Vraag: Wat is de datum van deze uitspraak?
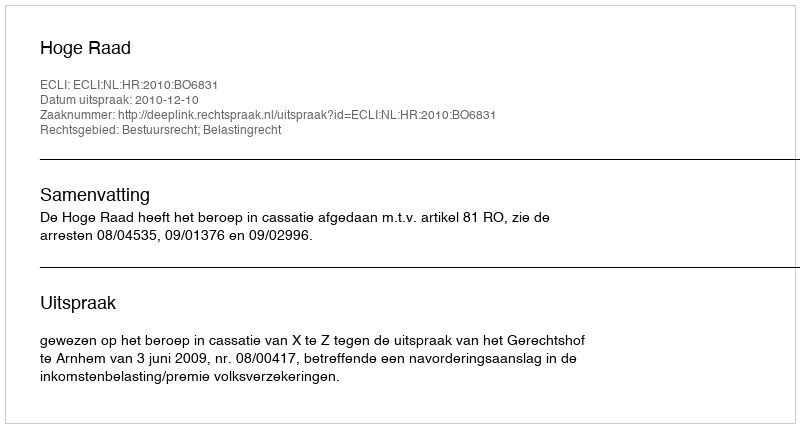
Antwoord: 2010-12-10